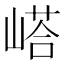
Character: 㟷